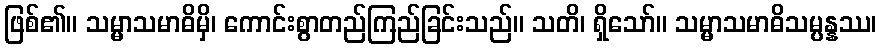
ဖြစ်၏။ သမ္မာသမာဓိမှိ၊ ကောင်းစွာတည်ကြည်ခြင်းသည်။ သတိ၊ ရှိသော်။ သမ္မာသမာဓိသမ္ပန္နဿ၊